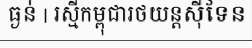
ធ្ងន់ | រស្មីកម្ពុជារថយន្តស៊ីទែន